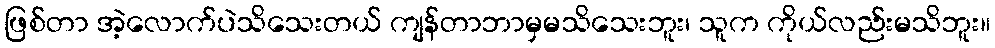
ဖြစ်တာ အဲ့လောက်ပဲသိသေးတယ် ကျန်တာဘာမှမသိသေးဘူး၊ သူက ကိုယ်လည်းမသိဘူး။